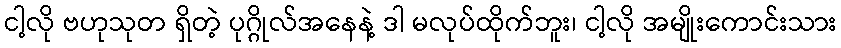
ငါ့လို ဗဟုသုတ ရှိတဲ့ ပုဂ္ဂိုလ်အနေနဲ့ ဒါ မလုပ်ထိုက်ဘူး၊ ငါ့လို အမျိုးကောင်းသား